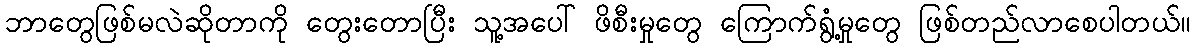
ဘာတွေဖြစ်မလဲဆိုတာကို တွေးတောပြီး သူ့အပေါ် ဖိစီးမှုတွေ ကြောက်ရွံ့မှုတွေ ဖြစ်တည်လာစေပါတယ်။